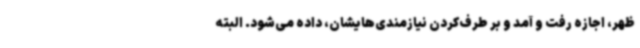
ظهر، اجازه رفت و آمد و بر طرف‌کردن نیازمندی‌هایشان، داده می‌شود. البته